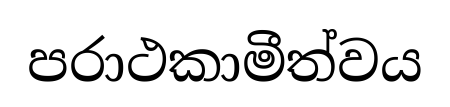
පරාථකාමීත්වය